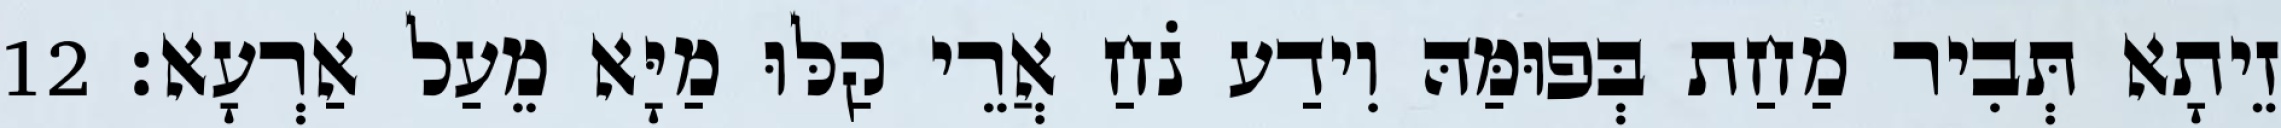
זֵיתָא תְּבִיר מַחַת בְּפוּמַּהּ וִידַע נֹחַ אֲרֵי קַלּוּ מַיָּא מֵעַל אַרְעָא׃ 12